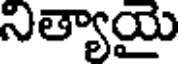
నిత్యాయై